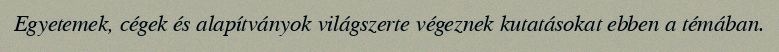
Egyetemek, cégek és alapítványok világszerte végeznek kutatásokat ebben a témában.